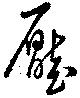
壓